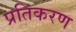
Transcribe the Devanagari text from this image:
प्रतिकरण